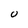
Character: U